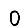
Digit: 0